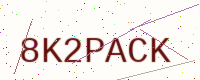
Text: 8K2PACK